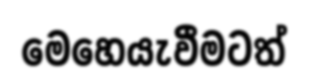
මෙහෙයැවීමටත්